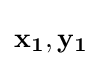
\mathbf {x_{1}} ,\mathbf {y_{1}}